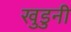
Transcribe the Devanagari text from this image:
खुडुनी